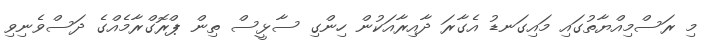
މި ރަސްމިއްޔާތުގައި މައިގަނޑު އެގާރަ ދާއިރާއަކުން ހިންގި ސާޅީސް ތިން ޕްރޮގްރާމެއްގެ ދަސްވެނިވި